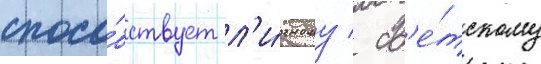
спосо́бствует л'и́чному / св'е́тскому